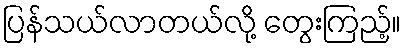
ပြန်သယ်လာတယ်လို့ တွေးကြည့်။